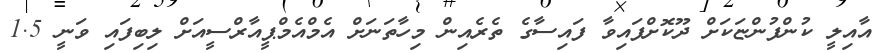
އާއިލީ ކުންފުންޏަކަށް ދޫކޮށްފައިވާ ފައިސާގެ ތެރެއިން މިހާތަނަށް އެމްއެމްޕީއާރްސީއަށް ލިބިފައި ވަނީ 1.5